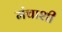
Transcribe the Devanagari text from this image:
मंचाशी